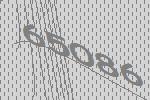
65086